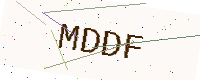
Text: MDDF